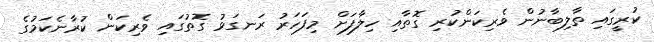
ކުރީގައި ތާލިބާނުން ވެރިކަންކުރި ގޮތާއި ހިލާފަށް މިފަހަރު ރަނގަޅު ގޮތުގައި ވެރިކަން ކުރާނެކަމުގެ